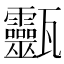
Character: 𤮹